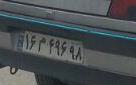
۱۶م۴۹۶۹۸